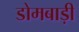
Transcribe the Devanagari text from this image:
डोमबाड़ी